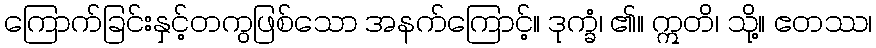
ကြောက်ခြင်းနှင့်တကွဖြစ်သော အနက်ကြောင့်။ ဒုက္ခံ၊ ၏။ ဣတိ၊ သို့။ ဧတဿ၊